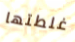
غلطتها